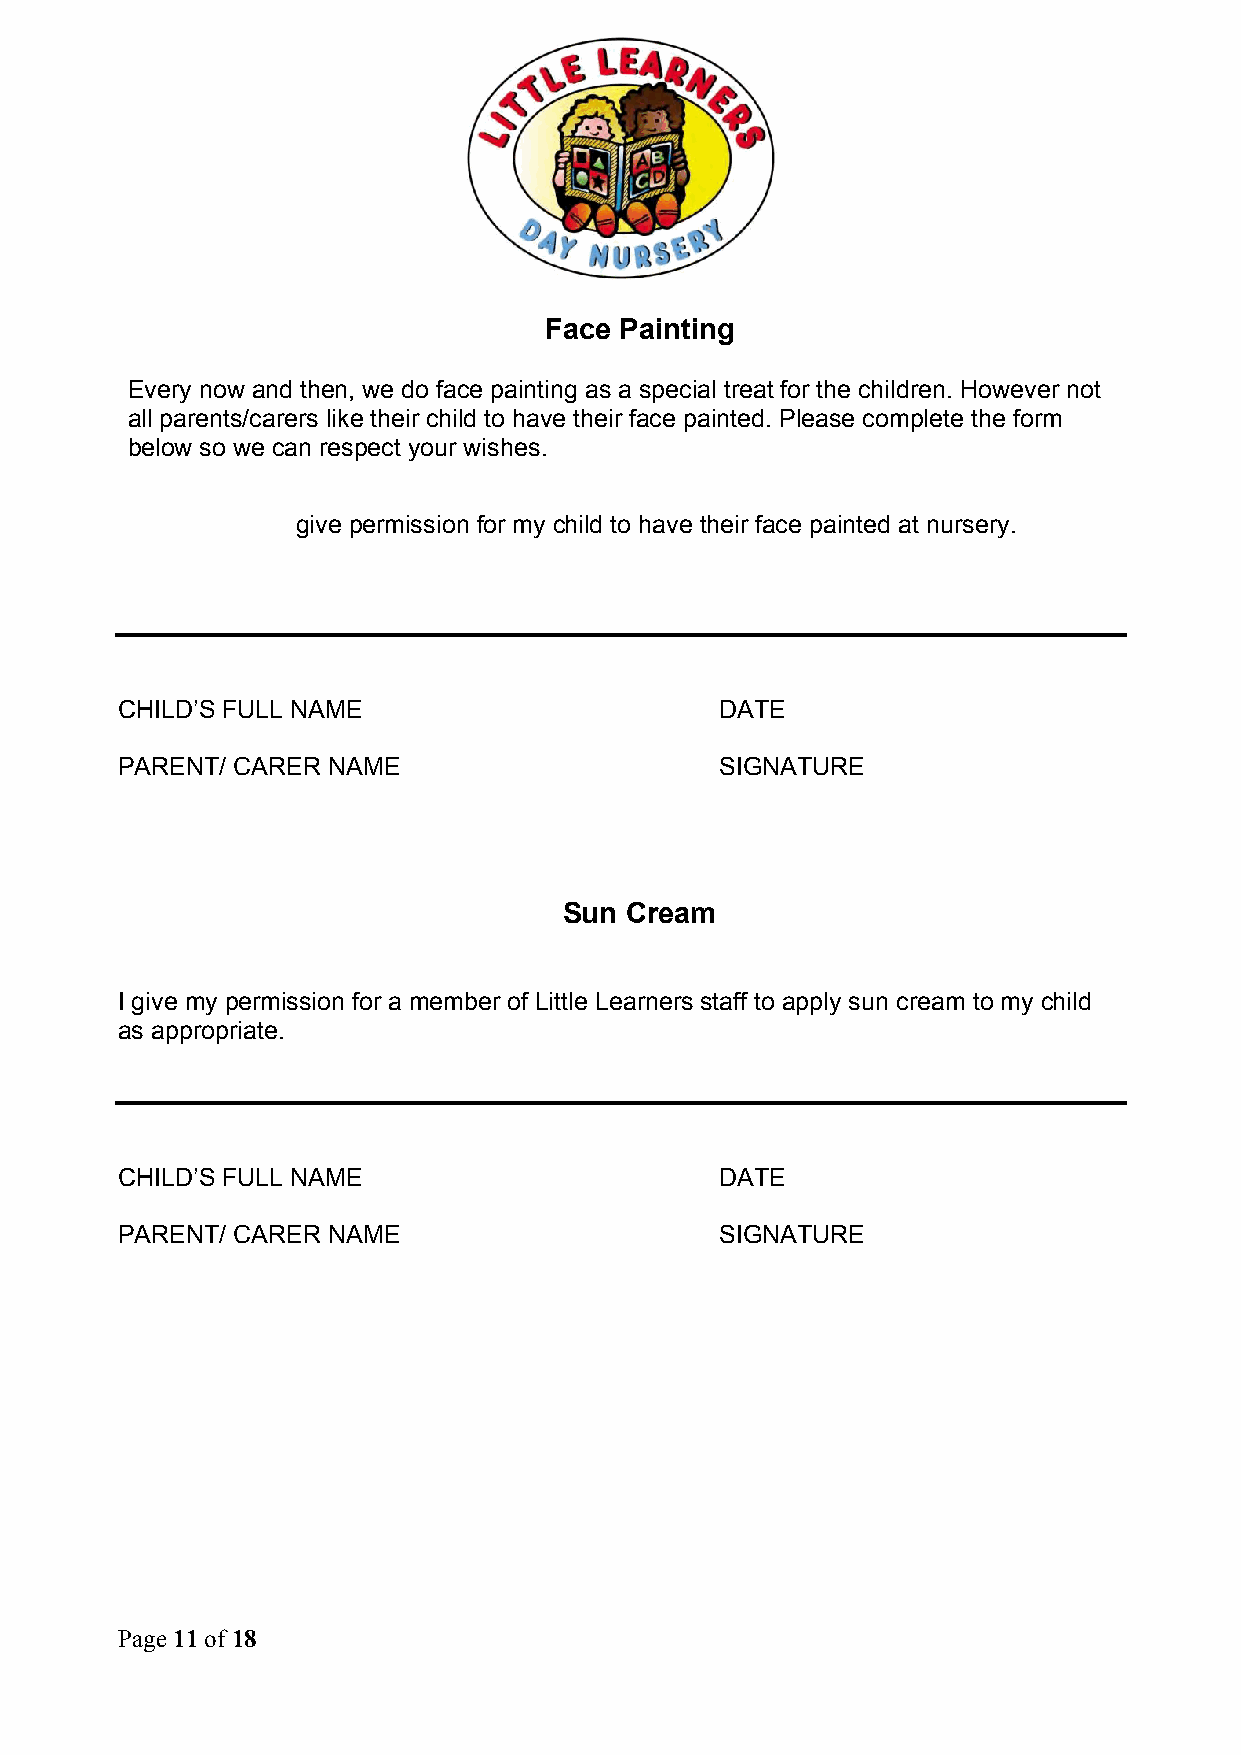
Face Painting
 Every now and then, we do face painting as a special treat for the children. However not
 all parents/carers like their child to have their face painted. Please complete the form
 below so we can respect your wishes.
 give permission for my child to have their face painted at nursery.
 CHILD’S FULL NAME                       DATE
 PARENT/ CARER NAME                      SIGNATURE
 Sun Cream
 I give my permission for a member of Little Learners staff to apply sun cream to my child
 as appropriate.
 CHILD’S FULL NAME                       DATE
 PARENT/ CARER NAME                      SIGNATURE
 Page 11 of 18